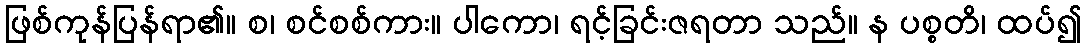
ဖြစ်ကုန်ပြန်ရာ၏။ စ၊ စင်စစ်ကား။ ပါကော၊ ရင့်ခြင်းဇရတာ သည်။ န ပစ္စတိ၊ ထပ်၍